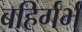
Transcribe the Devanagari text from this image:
बहिर्गर्भ